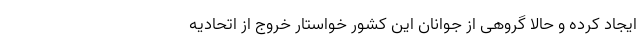
ایجاد کرده و حالا گروهی از جوانان این کشور خواستار خروج از اتحادیه